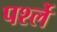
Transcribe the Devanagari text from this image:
पर्श्ले